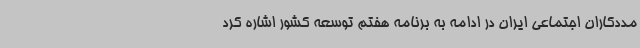
مددکاران اجتماعی ایران در ادامه به برنامه هفتم توسعه کشور اشاره کرد